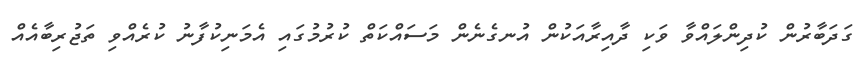
ގަދަބާރުން ކުދިންލައްވާ ވަކި ދާއިރާއަކުން އުނގެނެން މަސައްކަތް ކުރުމުގައި އެމަނިކުފާނު ކުރެއްވި ތަޖުރިބާއެއް